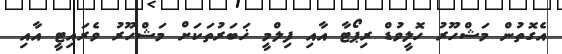
އެގޮތުން މަޝްހޫރު ހޮލީވުޑް ރިޕޯޓާ އާއި ފިލްމީ ޚަބަރުތަކަށް މަޝްހޫރު ވެރައިޓީ އާއި